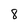
Character: 8